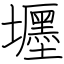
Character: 壥